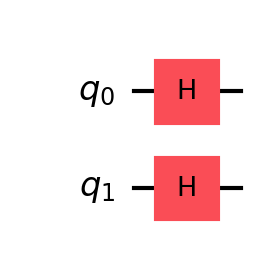
Description: Amplitude encoding: uniform 2-qubit superposition
描述: 振幅编码：均匀2量子比特叠加
Category: classical_algorithms (difficulty: advanced)
Qubits: 2, circuit depth: 1

Braket implementation:
from braket.circuits import Circuit
circuit = Circuit().h(0).h(1)